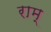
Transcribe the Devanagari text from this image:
राम्‌